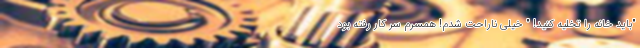
"باید خانه را تخلیه کنید! " خیلی ناراحت شدم! همسرم سر کار رفته بود